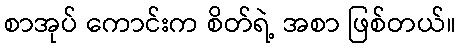
စာအုပ် ကောင်းက စိတ်ရဲ့ အစာ ဖြစ်တယ်။